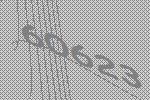
60623